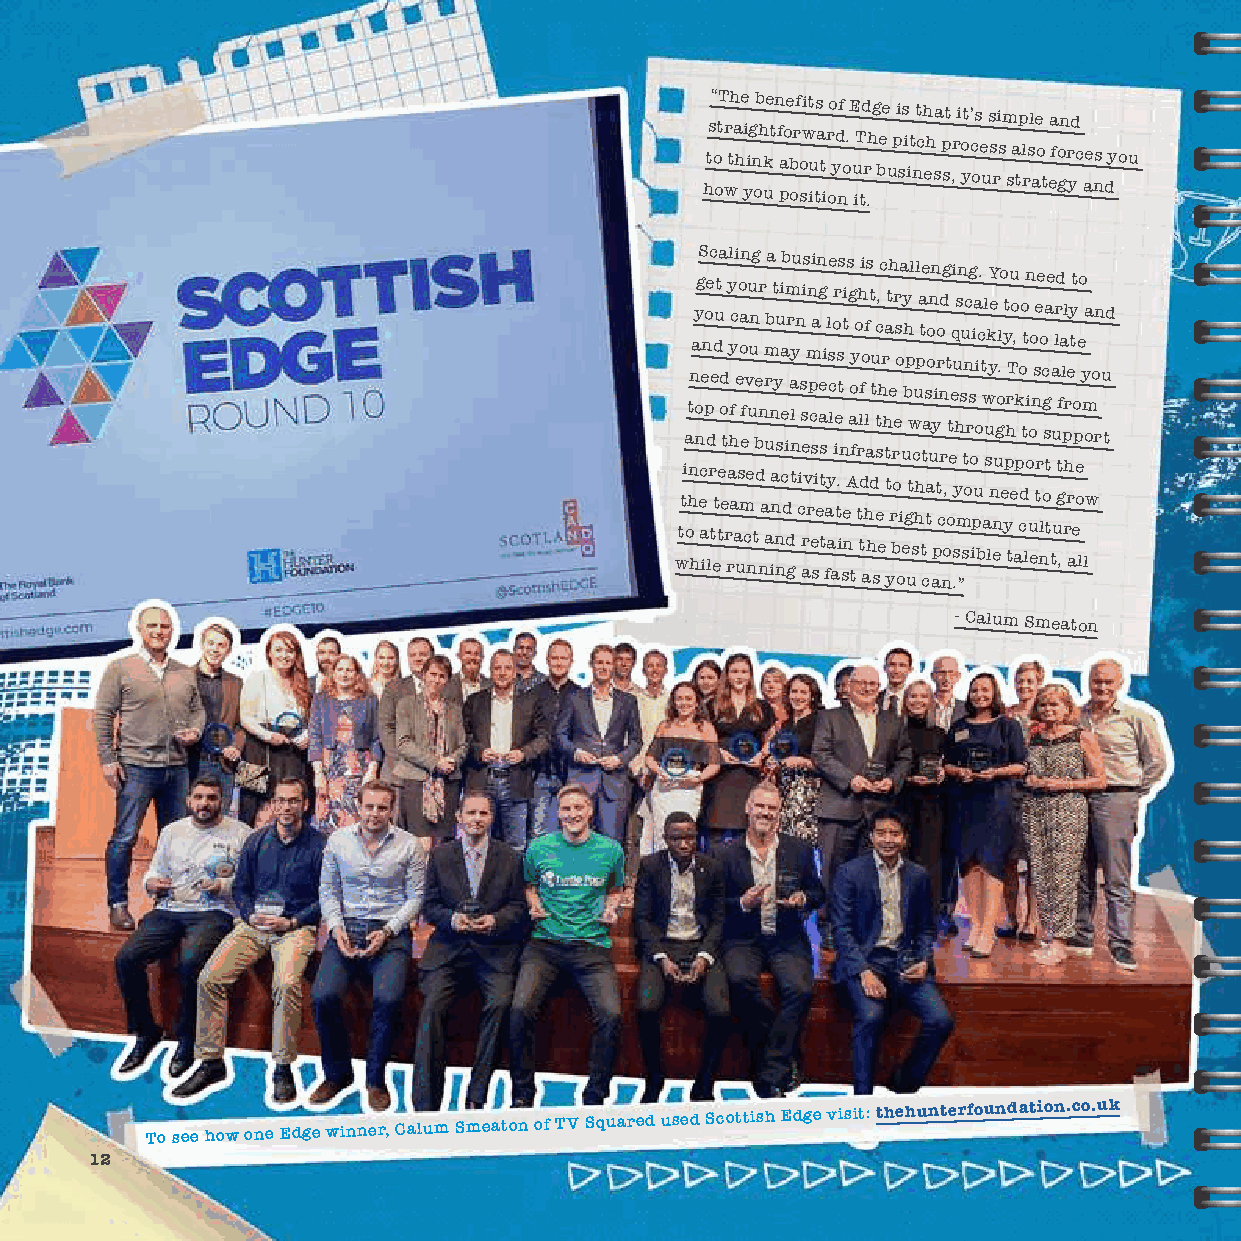
hts“ o otT r wth a h e yi ig n ob h k ue t n f a poe b orf o si wt iu ts a t
 i
 r oo yd nf o . E u iT td r .h g bee u pi ss i it nt ch eh sa p st , r i o yt’ c os e u s s ri s m s a tp l rsl ae o t ea fo gn r yd c ae ns dy ou
 wttia ot hnn hay o n gS ec ae in poe d
 l
 rc te etdu t tea d o et
 r
 ray yl hf a c ai e uso oa men f cv e nuu un g tbe d n nr a r u amb a n inat y
 n
 nsu i ea cb di m
 d
 gr a l tnyu n i cs s
 a
 reis vm r n p c es si a i en aeg t ts i fal y as ce l ao ir e t.s its n
 s
 ti e
 n
 As g ao tfy o tr h l tdfi o ahf l as ht dt u
 s
 etc s, ehc r ha t t yt h e r br or es o oi a u
 e
 y b h gp utwl scu hh l p a t tte cas taoo n un ay
 p
 i tro cn rd ng o,t ot ee qi .su yhs m ”n su stn oc rsg o ipia uoi
 b
 c. t w al u s lk yY e n enugo.l o e yt yphr tTu eo ,
 a
 k p o cdo tt ln oi u o eo ns te re nlo c og sa t te ta u u lrd t gf ,a l p rl r h e r ay tt eo p e o e lo y m
 l
 oa w o rn u td
 - Calum Smeaton
 To see how one Edge winner, Calum Smeaton of TV Squared used Scottish Edge visit:
 thehunterfoundation.co.uk
 12